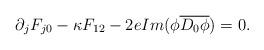
LaTeX: \begin{align*}\partial_{j}F_{j0}-\kappa F_{12}-2eIm(\phi\overline{D_0\phi})=0.\end{align*}